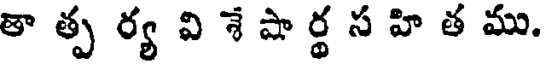
తా త్ప ర్య వి శే షా ర్థ స హి త ము.